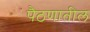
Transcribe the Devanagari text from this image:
पैठणातील